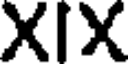
XIX